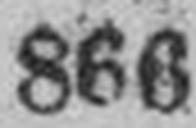
866